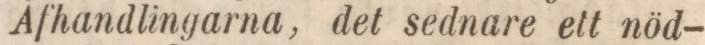
Afhandlingarna, det sednare ett nöd-